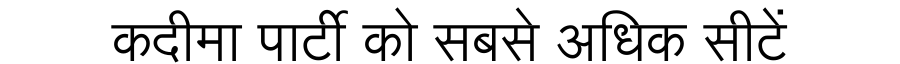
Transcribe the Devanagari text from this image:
कदीमा पार्टी को सबसे अधिक सीटें